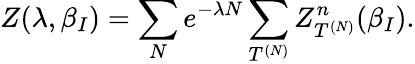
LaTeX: Z(\lambda,\beta_{I})=\sum_{N}e^{-\lambda N}\sum_{T^{(N)}}Z_{T^{(N)}}^{n}(\beta_{I}).